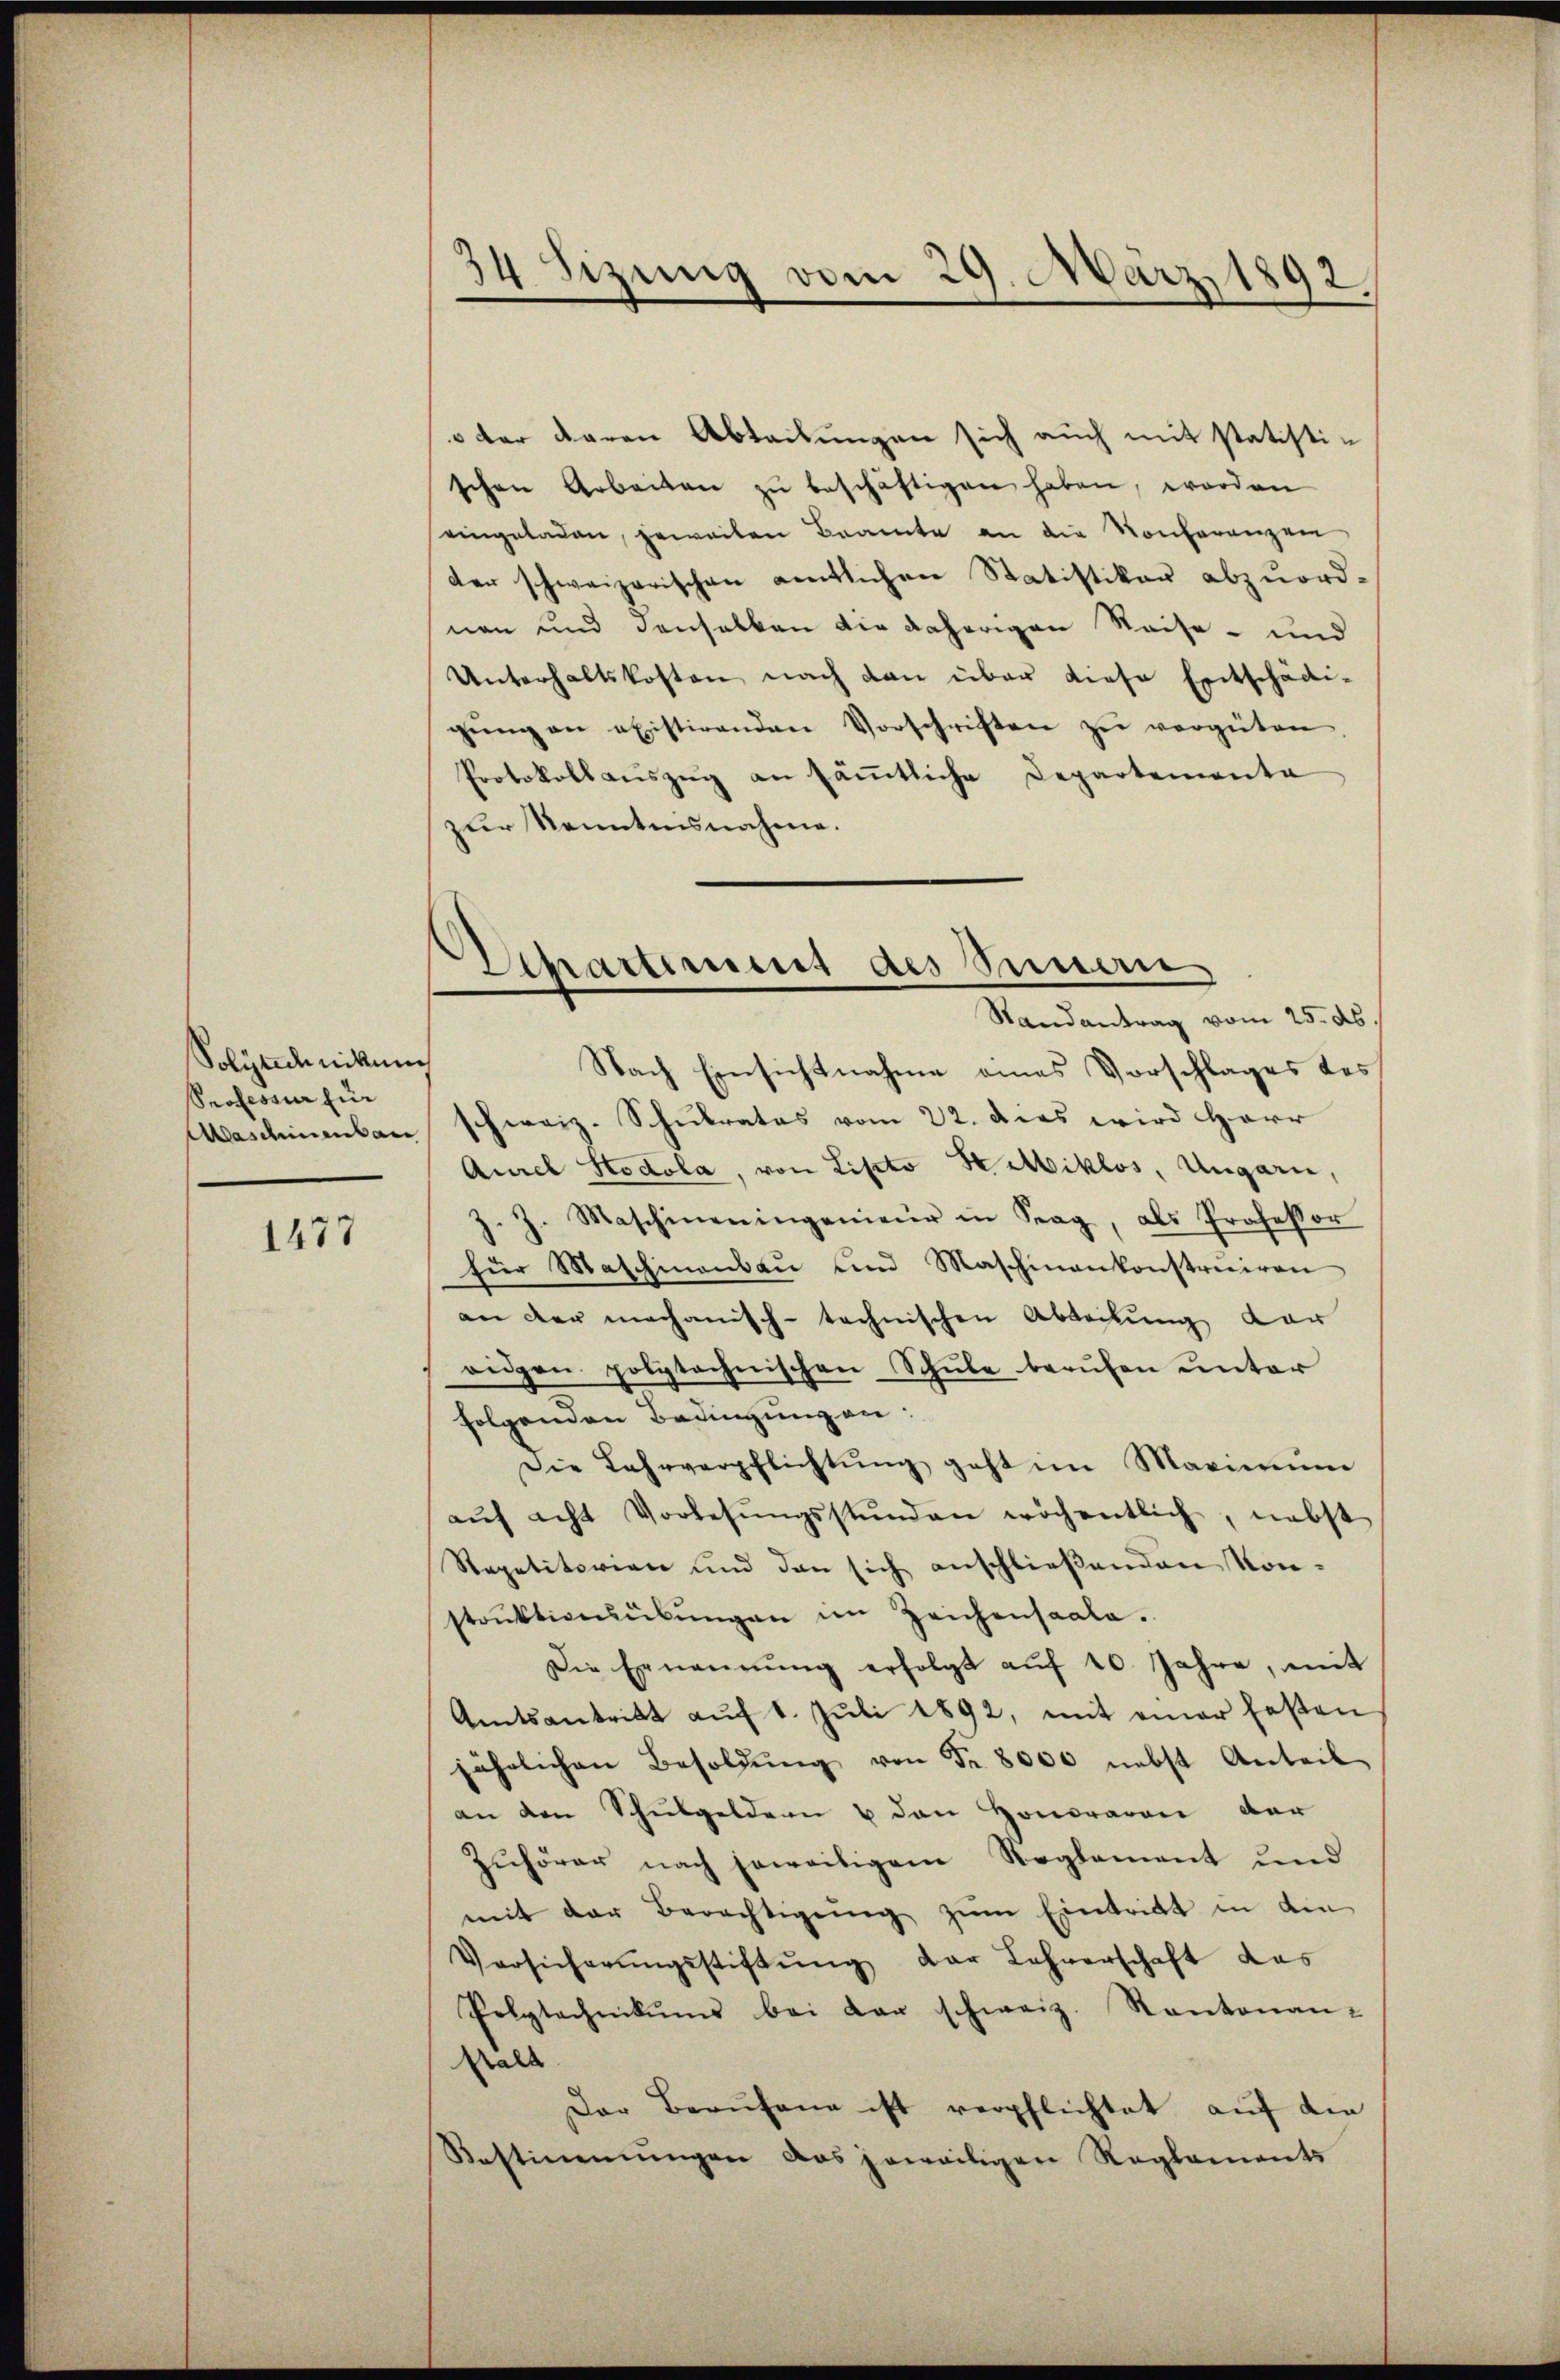
Polytechnikum
Professur für
Aaschinenbau

1477

34 Sizung vom 29. März 1892.

der daran Abteilungen sich auch mit statistischen Arbeiten zŭ beschäftigen haben, worden
eingeladen, jeweiten Beamte an die Konferenzen
der schweizerischen entlichen Statistikar abzuordnen und denselben die daherigen Reise- und
Unterhaltskosten nach den über diese Entschädi-
gŭng an existirenden Vorschriften zŭ vergüten.
Protokollaŭszŭg an säṁtliche Departementa
zur Kenntnisnahme.
Nach Einsichtnahme eines Vorschlages des
schweiz. Schulrates vom 22. dies wird Herr
Aurel Hodola, von Listo Kaiklos, Ungarn,
J. Maschineningenieur in Trag, als Professor
.
für Maschinenbau und Maschinenkonstruiren
an der mechanisch-technischen Abteilung dar
rigen polytechnischen Schŭle berŭfen unter
folgenden Bedingungen:
Die Lehrverpflichtŭng geht im Maximum
aŭf acht Vorlesŭngsstunden wöchentlich, nebst
Repetitorien und den sich anschließenden Kon-
strŭktionsübŭngen im Zeichensaale.
Die Ernennung erfolgt aŭf 10. Jahre, mit
Amtsantritt auf 1. Juli 1892, mit einer festen
jährlichen Besoldŭng von Fr. 8000 nebst Anteil
an den Schŭlgeldern u den Honoraren der
Zuhörer nach jeweiligem Reglement und
mit der Berechtigŭng zŭm Eintritt in die
Versicherŭngsstiftŭng der Lehrerschaft das
Polytechnikums bei der schweiz. Kantonan-
stalt
Der Berufene ist verpflichtet auf die
Bestimmungen das jeweiligen Reglements

Departement des Sinnern
Randantrag vom 25. ds